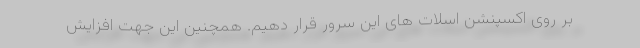
بر روی اکسپنشن اسلات های این سرور قرار دهیم. همچنین این جهت افزایش